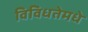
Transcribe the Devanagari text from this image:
विविधतेमधे